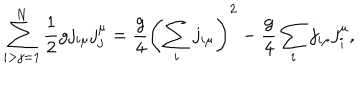
\sum _ { i > j = 1 } ^ { N } { \frac { 1 } { 2 } } g j _ { i \mu } j _ { j } ^ { \mu } = \frac { g } { 4 } \left( \sum _ { i } j _ { i \mu } \right) ^ { 2 } - \frac { g } { 4 } \sum _ { i } j _ { i \mu } j _ { i } ^ { \mu } ,